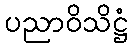
ပညာဝိသိဋ္ဌံ